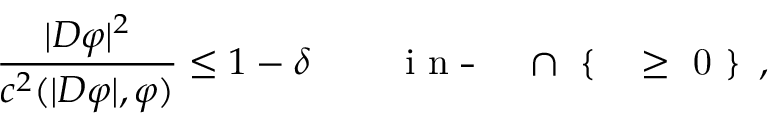
\frac { | D \varphi | ^ { 2 } } { c ^ { 2 } ( | D \varphi | , \varphi ) } \leq 1 - \delta \qquad \, \mathrm { ~ i ~ n ~ \overline { ~ } { ~ \Omega ~ } ~ \cap ~ \{ ~ \xi ~ \geq ~ 0 ~ \} ~ } \, ,